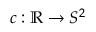
c : \mathbb { R } \to S ^ { 2 }